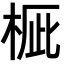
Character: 𣒽